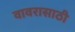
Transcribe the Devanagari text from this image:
वावरासाठी